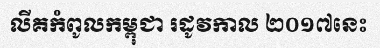
លីគកំពូលកម្ពុជា រដូវកាល ២០១៧នេះ